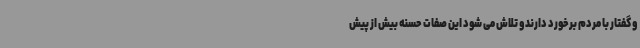
و گفتار با مردم برخورد دارند و تلاش می شود این صفات حسنه بیش از پیش